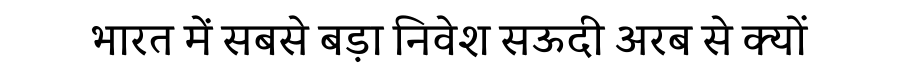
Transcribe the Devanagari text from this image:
भारत में सबसे बड़ा निवेश सऊदी अरब से क्यों